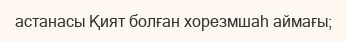
астанасы Қият болған хорезмшаһ аймағы;